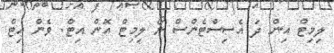
ލިމިޓް އިން ދަ އެސިސްޓެންސް ނޯ ލިމިޓް އޮން އިޓް. ވެން އިޓް